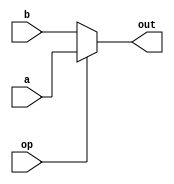
// modulo de mux com duas entradas e uma saida

module mux_two_to_one #(
    parameter BITS = 63
) (
    input op,   // 1 para saida a, 0 para saida b
    input [BITS:0] a,
    input [BITS:0] b,
    output [BITS:0] out
);

assign out = (op)? a: b;
    
endmodule